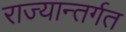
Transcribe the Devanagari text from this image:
राज्यान्तर्गत